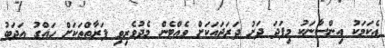
އެކަމަކު އިންސާނަކު މިފަދަ ދަށު ދަރަޖައަކަށް ވެއްޓެން މެދުވެރިވި ފަރާތްތަކަށް ހައްގު އަދަބު